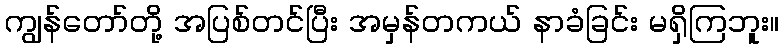
ကျွန်တော်တို့ အပြစ်တင်ပြီး အမှန်တကယ် နာခံခြင်း မရှိကြဘူး။